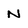
Character: N